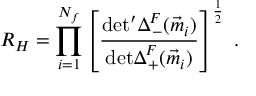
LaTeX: R _ { H } = \prod _ { i = 1 } ^ { N _ { f } } \left[ \frac { \mathrm { d e t ^ { \prime } } \Delta _ { - } ^ { F } ( \vec { m } _ { i } ) } { \mathrm { d e t } \Delta _ { + } ^ { F } ( \vec { m } _ { i } ) } \right] ^ { \frac { 1 } { 2 } } \ .